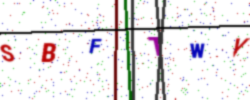
Text: SBFTWY